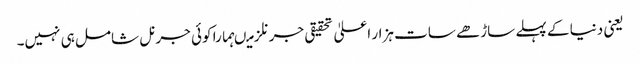
یعنی دنیا کے پہلے ساڑھے سات ہزار اعلیٰ تحقیقی جرنلز میںہمارا کوئی جرنل شامل ہی نہیں۔